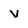
Character: v